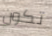
تكون